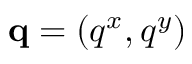
{ \bf q } = ( q ^ { x } , q ^ { y } )